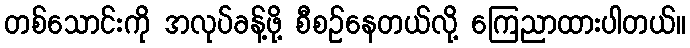
တစ်သောင်းကို အလုပ်ခန့်ဖို့ စီစဉ်နေတယ်လို့ ကြေညာထားပါတယ်။